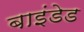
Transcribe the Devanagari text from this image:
बाइंडेड